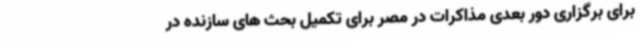
برای برگزاری دور بعدی مذاکرات در مصر برای تکمیل بحث های سازنده در